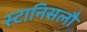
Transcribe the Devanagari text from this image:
स्टानिसलौ